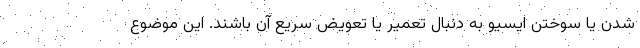
شدن یا سوختن ایسیو به دنبال تعمیر یا تعویض سریع آن باشند. این موضوع